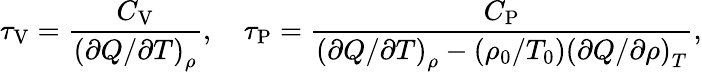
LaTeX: \tau_{\mathrm{V}}=\frac{C_{\mathrm{V}}}{\left(\partial Q/\partial T\right)_{\rho}},\quad\tau_{\mathrm{P}}=\frac{C_{\mathrm{P}}}{\left(\partial Q/\partial T\right)_{\rho}-(\rho_{0}/T_{0})\left(\partial Q/\partial\rho\right)_{T}},